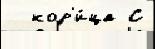
  кор'и́ца С